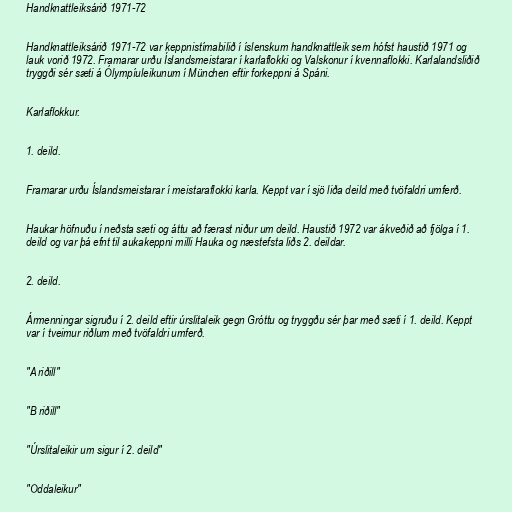
Handknattleiksárið 1971-72

Handknattleiksárið 1971-72 var keppnistímabilið í íslenskum handknattleik sem hófst haustið 1971 og
lauk vorið 1972. Framarar urðu Íslandsmeistarar í karlaflokki og Valskonur í kvennaflokki. Karlalandsliðið
tryggði sér sæti á Ólympíuleikunum í München eftir forkeppni á Spáni.

Karlaflokkur.

1. deild.

Framarar urðu Íslandsmeistarar í meistaraflokki karla. Keppt var í sjö liða deild með tvöfaldri umferð.

Haukar höfnuðu í neðsta sæti og áttu að færast niður um deild. Haustið 1972 var ákveðið að fjölga í 1.
deild og var þá efnt til aukakeppni milli Hauka og næstefsta liðs 2. deildar.

2. deild.

Ármenningar sigruðu í 2. deild eftir úrslitaleik gegn Gróttu og tryggðu sér þar með sæti í 1. deild. Keppt
var í tveimur riðlum með tvöfaldri umferð.

"A riðill"

"B riðill"

"Úrslitaleikir um sigur í 2. deild"

"Oddaleikur"